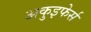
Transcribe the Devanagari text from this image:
अकुइफेर्स